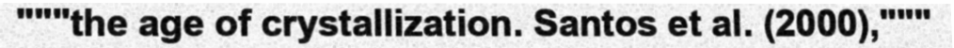
"""the age of crystallization. Santos et al. (2000),"""